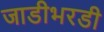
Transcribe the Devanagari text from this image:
जाडीभरडी